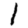
Digit: 1